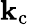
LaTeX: \mathbf{k}_{\textrm{{c}}}